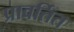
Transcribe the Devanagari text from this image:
प्रावर्तित